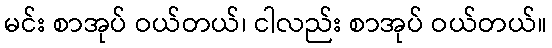
မင်း စာအုပ် ဝယ်တယ်၊ ငါလည်း စာအုပ် ဝယ်တယ်။